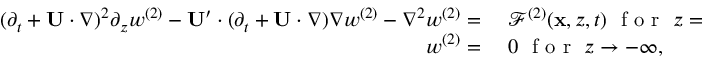
\begin{array} { r l } { ( \partial _ { t } + \mathbf { U } \cdot \nabla ) ^ { 2 } \partial _ { z } w ^ { ( 2 ) } - \mathbf { U } ^ { \prime } \cdot ( \partial _ { t } + \mathbf { U } \cdot \nabla ) \nabla w ^ { ( 2 ) } - \nabla ^ { 2 } w ^ { ( 2 ) } = ~ } & { { } \mathcal { F } ^ { ( 2 ) } ( \mathbf { x } , z , t ) ~ \mathrm { ~ f ~ o ~ r ~ } ~ z = 0 , } \\ { w ^ { ( 2 ) } = ~ } & { { } 0 ~ \mathrm { ~ f ~ o ~ r ~ } ~ z \to - \infty , } \end{array}